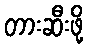
တားဆီးဖို့